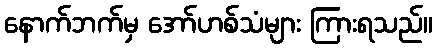
နောက်ဘက်မှ အော်ဟစ်သံများ ကြားရသည်။